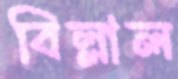
বিল্লাল